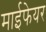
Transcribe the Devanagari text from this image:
माईफेयर